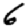
Digit: 6